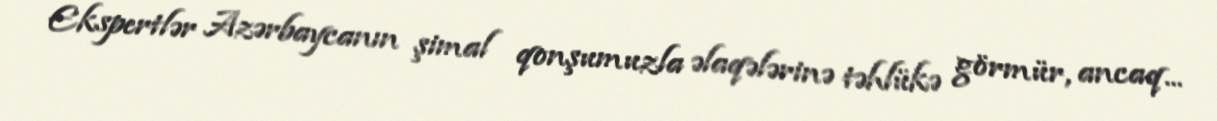
Ekspertlər Azərbaycanın şimal qonşumuzla əlaqələrinə təhlükə görmür, ancaq...